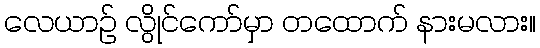
လေယာဉ် လွိုင်ကော်မှာ တထောက် နားမလား။